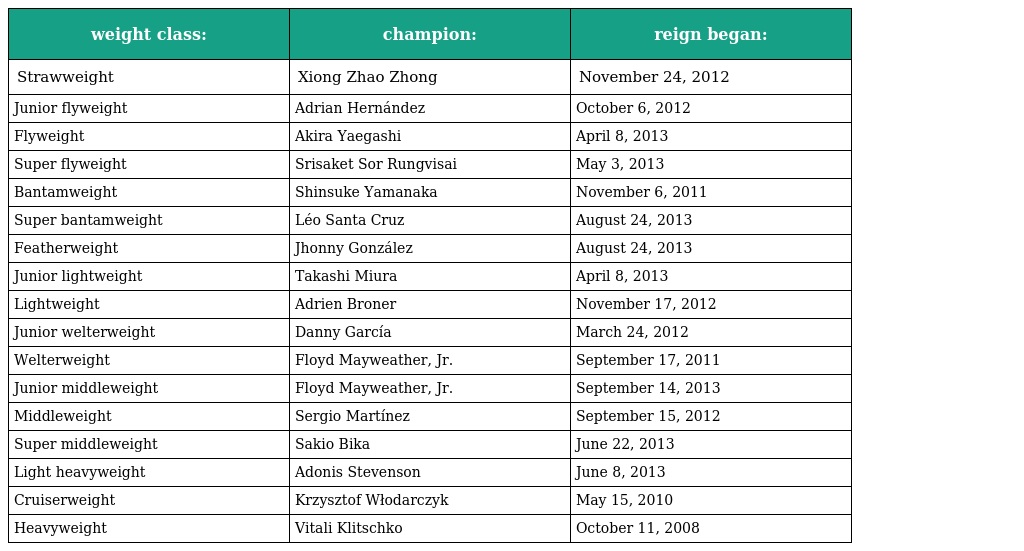
| weight class: | champion: | reign began: |
 | --- | --- | --- |
 | Strawweight | Xiong Zhao Zhong | November 24, 2012 |
 | Junior flyweight | Adrian Hernández | October 6, 2012 |
 | Flyweight | Akira Yaegashi | April 8, 2013 |
 | Super flyweight | Srisaket Sor Rungvisai | May 3, 2013 |
 | Bantamweight | Shinsuke Yamanaka | November 6, 2011 |
 | Super bantamweight | Léo Santa Cruz | August 24, 2013 |
 | Featherweight | Jhonny González | August 24, 2013 |
 | Junior lightweight | Takashi Miura | April 8, 2013 |
 | Lightweight | Adrien Broner | November 17, 2012 |
 | Junior welterweight | Danny García | March 24, 2012 |
 | Welterweight | Floyd Mayweather, Jr. | September 17, 2011 |
 | Junior middleweight | Floyd Mayweather, Jr. | September 14, 2013 |
 | Middleweight | Sergio Martínez | September 15, 2012 |
 | Super middleweight | Sakio Bika | June 22, 2013 |
 | Light heavyweight | Adonis Stevenson | June 8, 2013 |
 | Cruiserweight | Krzysztof Włodarczyk | May 15, 2010 |
 | Heavyweight | Vitali Klitschko | October 11, 2008 |